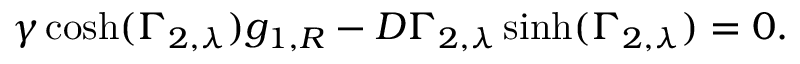
\gamma \cosh ( \Gamma _ { 2 , \lambda } ) g _ { 1 , R } - D \Gamma _ { 2 , \lambda } \sinh ( \Gamma _ { 2 , \lambda } ) = 0 .